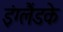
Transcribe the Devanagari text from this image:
इंग्लैंडके